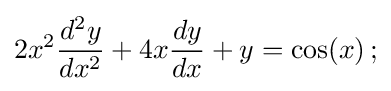
2x^{2}{\frac {d^{2}y}{dx^{2}}}+4x{\frac {dy}{dx}}+y=\cos(x)\,;